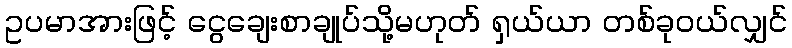
ဥပမာအားဖြင့် ငွေချေးစာချုပ်သို့မဟုတ် ရှယ်ယာ တစ်ခုဝယ်လျှင်